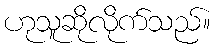
ဟုသူဆိုလိုက်သည်။